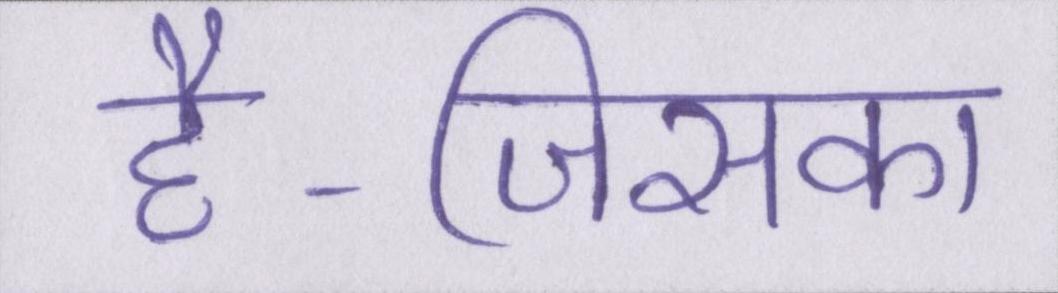
है-जिसका